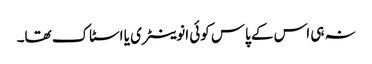
نہ ہی اس کے پاس کوئی انوینٹری یا اسٹاک تھا۔